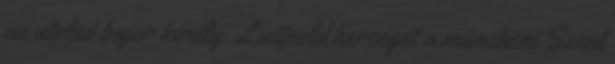
az utolsó bajor király. Luitpold herceget a müncheni Szent